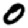
Digit: 0